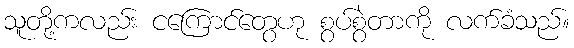
သူတို့ကလည်း ငကြောင်တွေဟု စွပ်စွဲတာကို လက်ခံသည်။